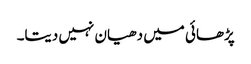
پڑھائی میں دھیان نہیں دیتا۔